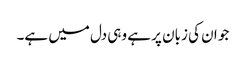
جو ان کی زبان پر ہے وہی دل میں ہے۔